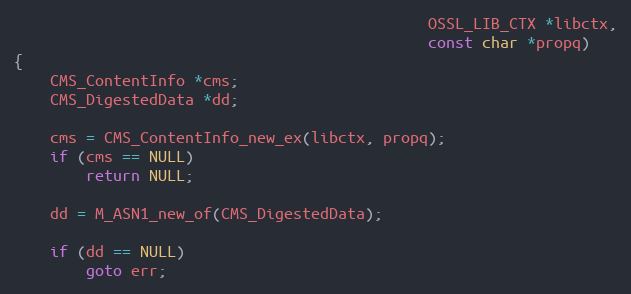
Language: C
                                              OSSL_LIB_CTX *libctx,
                                              const char *propq)
{
    CMS_ContentInfo *cms;
    CMS_DigestedData *dd;

    cms = CMS_ContentInfo_new_ex(libctx, propq);
    if (cms == NULL)
        return NULL;

    dd = M_ASN1_new_of(CMS_DigestedData);

    if (dd == NULL)
        goto err;